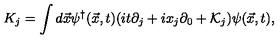
K _ { j } = \int d \vec { x } \psi ^ { \dag } ( \vec { x } , t ) ( i t \partial _ { j } + i x _ { j } \partial _ { 0 } + { \cal K } _ { j } ) \psi ( \vec { x } , t ) ,